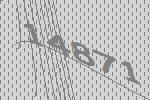
14871